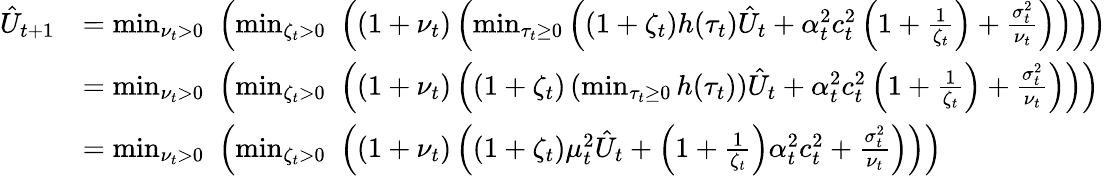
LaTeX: \begin{array}{rl}{\hat{U}_{t+1}}&{=\operatorname*{min}_{\nu_{t}>0}\, \, \left(\operatorname*{min}_{\zeta_{t}>0}\, \, \left((1+\nu_{t})\left(\operatorname*{min}_{\tau_{t}\ge 0}\left((1+\zeta_{t})h(\tau_{t})\hat{U}_{t}+\alpha_{t}^{2}c_{t}^{2}\left(1+\frac{1}{\zeta_{t}}\right)+\frac{\sigma_{t}^{2}}{\nu_{t}}\right)\right)\right)\right)}\\ &{=\operatorname*{min}_{\nu_{t}>0}\, \, \left(\operatorname*{min}_{\zeta_{t}>0}\, \, \left((1+\nu_{t})\left((1+\zeta_{t})\left(\operatorname*{min}_{\tau_{t}\ge 0}h(\tau_{t})\right)\hat{U}_{t}+\alpha_{t}^{2}c_{t}^{2}\left(1+\frac{1}{\zeta_{t}}\right)+\frac{\sigma_{t}^{2}}{\nu_{t}}\right)\right)\right)}\\ &{=\operatorname*{min}_{\nu_{t}>0}\, \, \left(\operatorname*{min}_{\zeta_{t}>0}\, \, \left((1+\nu_{t})\left((1+\zeta_{t})\mu_{t}^{2}\hat{U}_{t}+\left(1+\frac{1}{\zeta_{t}}\right)\alpha_{t}^{2}c_{t}^{2}+\frac{\sigma_{t}^{2}}{\nu_{t}}\right)\right)\right)}\end{array}